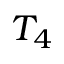
T _ { 4 }